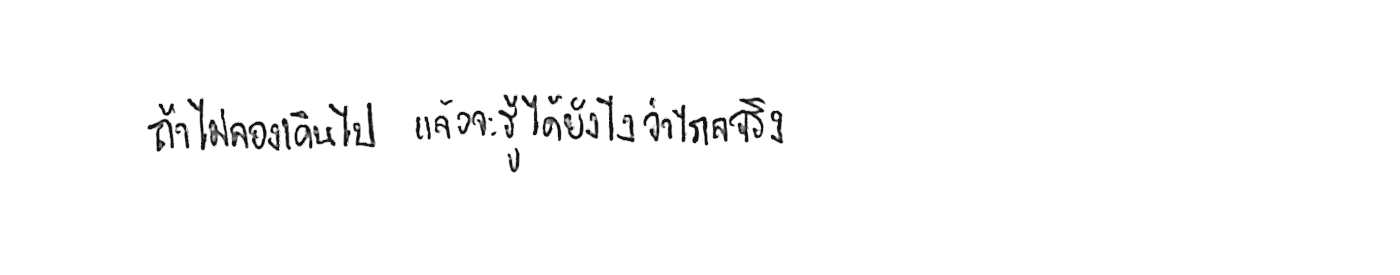
ถ้าไม่ลองเดินไป แล้วจะรู้ได้ยังไงว่าไกลจริง